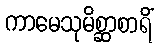
ကာမေသုမိစ္ဆာစာရိံ